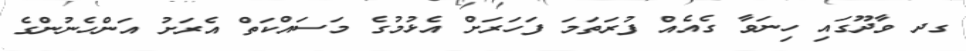
ގދ ވާދޫގައި ހިނަވާ ގެއެއް ފުރަތަމަ ފަހަރަށް އެޅުމުގެ މަސައްކަތް އެރަށު އަންހެނުންގެ